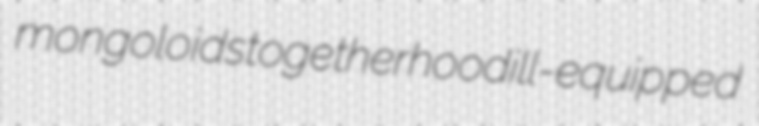
mongoloids togetherhood ill-equipped